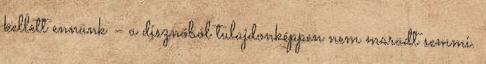
kellett ennünk – a disznóból tulajdonképpen nem maradt semmi.